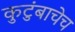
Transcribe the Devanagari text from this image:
कुटुंबाचेच